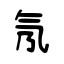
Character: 氖